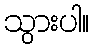
သွားပါ။